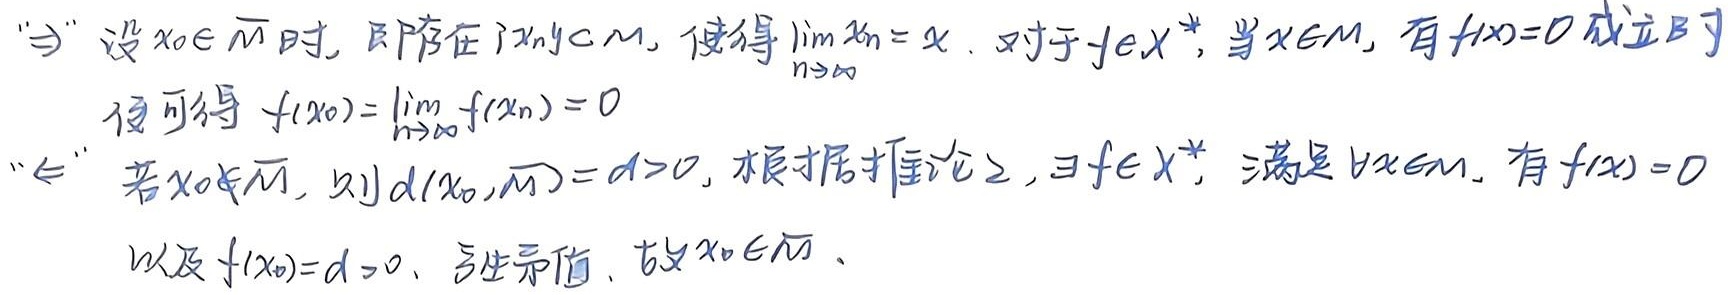
“$\Rightarrow$” 设 $x_0 \in \overline{M}$ 时，即存在 $\{x_n\} \subset M$，使得 $\lim_{n\rightarrow\infty} x_n = x_0$。对于 $f\in X^*$，当 $x\in M$，有 $f(x)=0$ 成立时便可得 $f(x_0)=\lim_{n\rightarrow\infty} f(x_n)=0$。

“$\Leftarrow$” 若 $x_0\notin\overline{M}$，则 $d(x_0,\overline{M}) = d>0$，根据推论2，$\exists f\in X^*$，满足 $\forall x\in M$，有 $f(x)=0$ 以及 $f(x_0)=d>0$，产生矛盾，故 $x_0\in\overline{M}$。